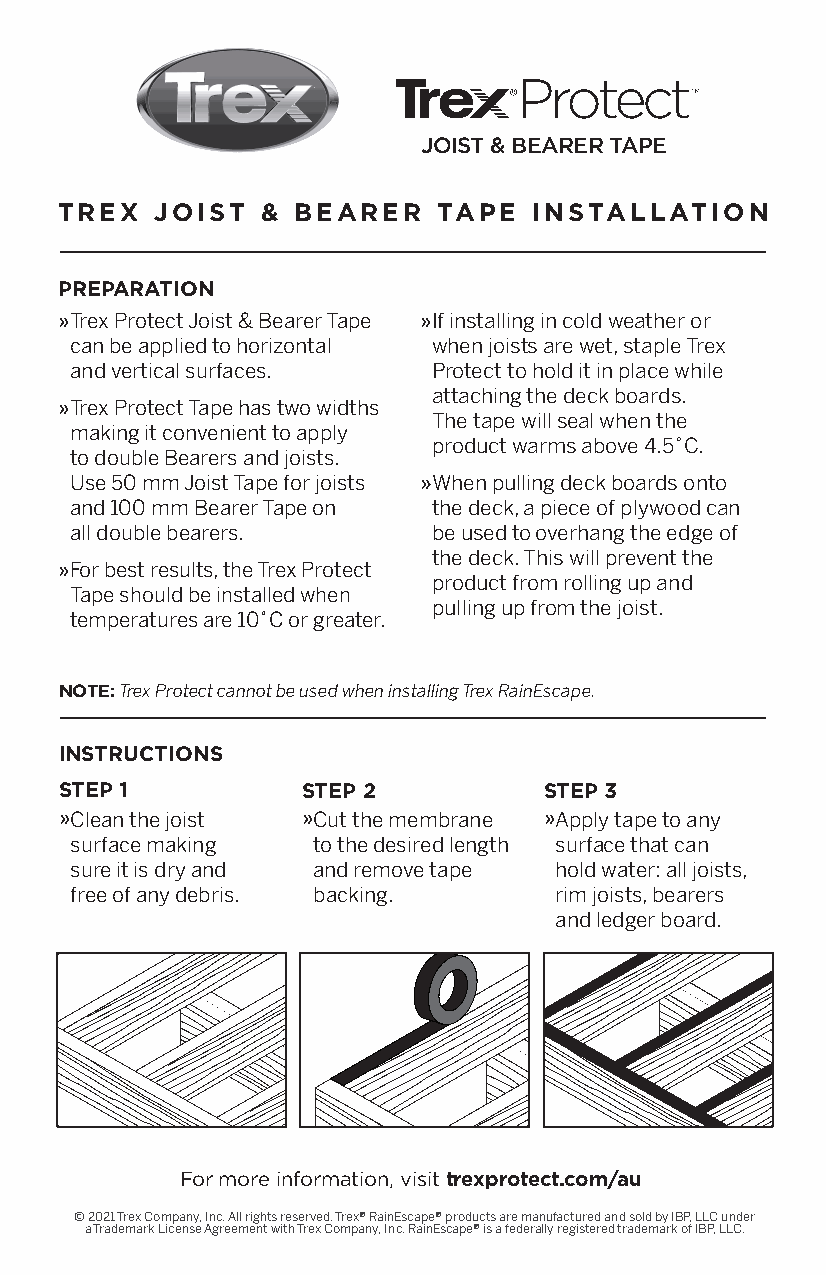
JOIST & BEARER TAPE
 TREX  JOIST  & BEARER    TAPE  INSTALLATION
 PREPARATION
 » Trex Protect Joist & Bearer Tape » If installing in cold weather or
 can be applied to horizontal when joists are wet, staple Trex
 and vertical surfaces.  Protect to hold it in place while
 attaching the deck boards.
 » Trex Protect Tape has two widths
 The tape will seal when the
 making it convenient to apply
 product warms above 4.5˚C.
 to double Bearers and joists.
 Use 50 mm Joist Tape for joists » When pulling deck boards onto
 and 100 mm Bearer Tape on the deck, a piece of plywood can
 all double bearers.     be used to overhang the edge of
 the deck. This will prevent the
 » For best results, the Trex Protect
 product from rolling up and
 Tape should be installed when
 pulling up from the joist.
 temperatures are 10˚C or greater.
 NOTE: Trex Protect cannot be used when installing Trex RainEscape.
 INSTRUCTIONS
 STEP 1          STEP 2          STEP 3
 » Clean the joist » Cut the membrane » Apply tape to any
 surface making  to the desired length surface that can
 sure it is dry and and remove tape hold water: all joists,
 free of any debris. backing.    rim joists, bearers
 and ledger board.
 For more information, visit trexprotect.com/au
 © 2021 Trex Company, Inc. All rights reserved. Trex® RainEscape® products are manufactured and sold by IBP, LLC under
 a Trademark License Agreement with Trex Company, Inc. RainEscape® is a federally registered trademark of IBP, LLC.